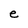
Character: e